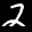
Label: 2